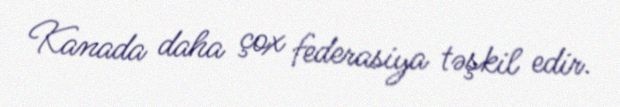
Kanada daha çox federasiya təşkil edir.